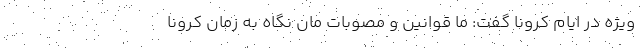
ویژه در ایام کرونا گفت: ما قوانین و مصوبات مان نگاه به زمان کرونا